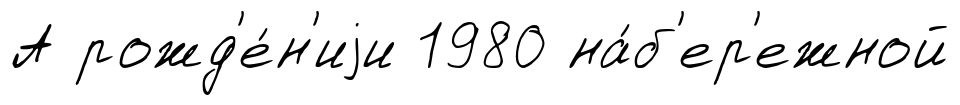
А рожд'е́н'иjи 1980 на́б'ер'ежной